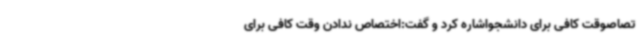
تصاصوقت کافی برای دانشجواشاره کرد و گفت:اختصاص ندادن وقت کافی برای